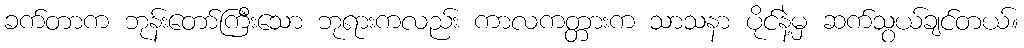
ခက်တာက ဘုန်းတော်ကြီးသော ဘုရားကလည်း ကာလကတ္တားက သာသနာ ပိုင်နဲ့မှ ဆက်သွယ်ချင်တယ်။